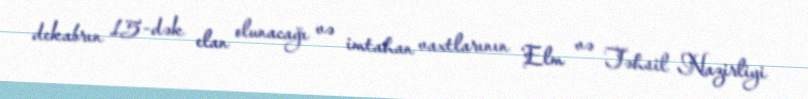
dekabrın 15-dək elan olunacağı və imtahan vaxtlarının Elm və Təhsil Nazirliyi